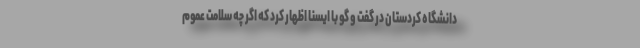
دانشگاه کردستان در گفت و گو با ایسنا اظهار کرد که اگر چه سلامت عموم